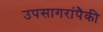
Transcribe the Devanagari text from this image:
उपसागरांपैकी